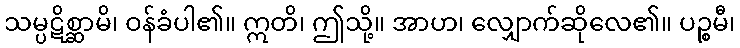
သမ္ပဋိစ္ဆာမိ၊ ဝန်ခံပါ၏။ ဣတိ၊ ဤသို့။ အာဟ၊ လျှောက်ဆိုလေ၏။ ပဉ္စမီ၊